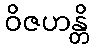
ဝိဇဟန္တိ